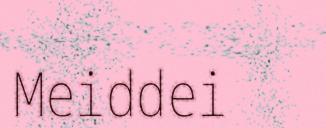
Meiddei